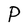
Character: P